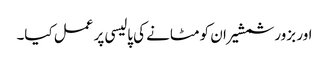
اور بزور شمشیر ان کو مٹانے کی پالیسی پر عمل کیا۔